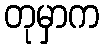
တုမှာက